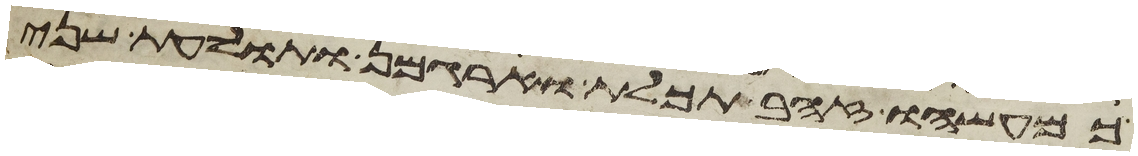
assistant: כמעשהו זהב תכלת וארגמן ותולעת שני